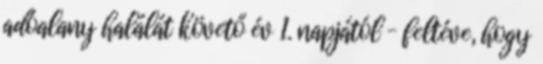
adóalany halálát követő év 1. napjától – feltéve, hogy